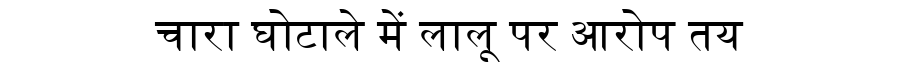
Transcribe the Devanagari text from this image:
चारा घोटाले में लालू पर आरोप तय